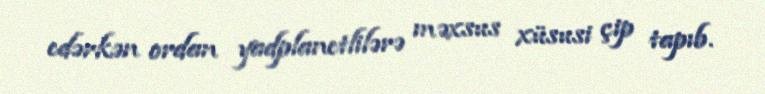
edərkən ordan yadplanetlilərə məxsus xüsusi çip tapıb.